65_HS1-834228961_62-HQ-83894_Section_9
Agency: FBI
Page 157
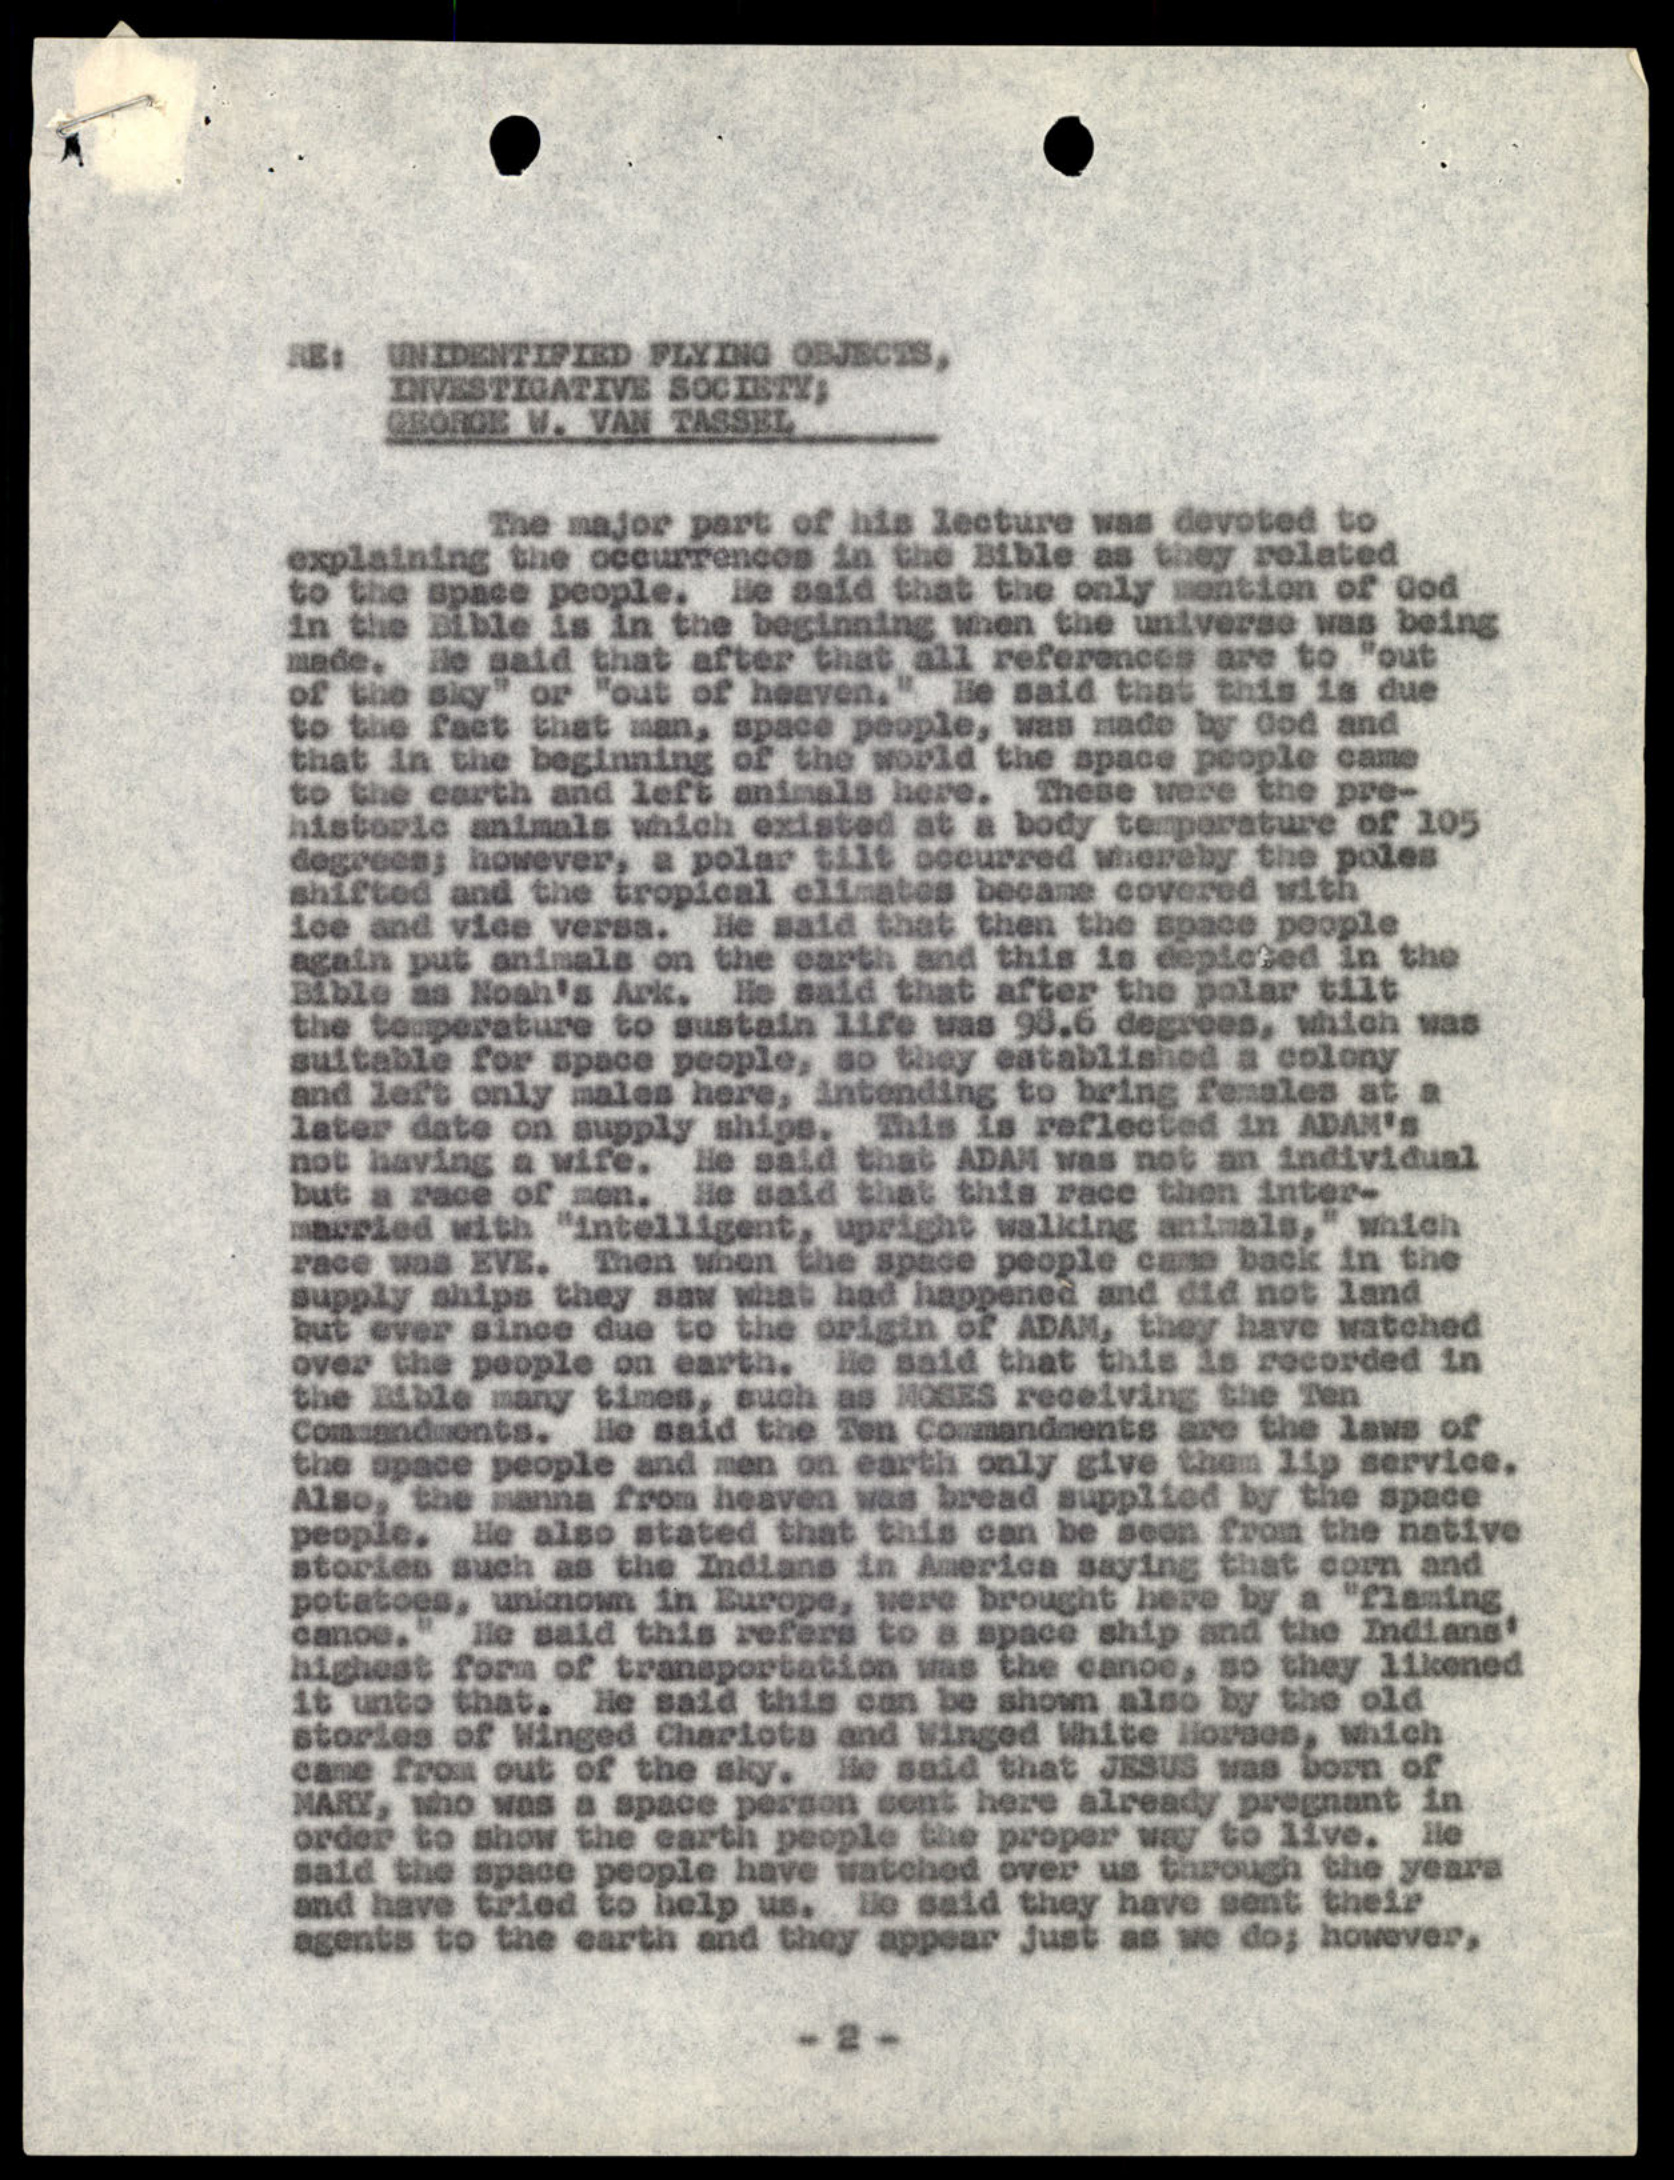